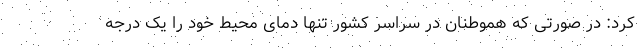
کرد: در صورتی که هموطنان در سراسر کشور تنها دمای محیط خود را یک درجه